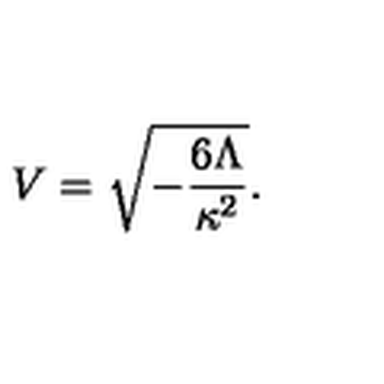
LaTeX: V = \sqrt { - \frac { 6 \Lambda } { \kappa ^ { 2 } } } .